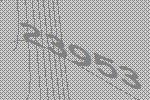
23953